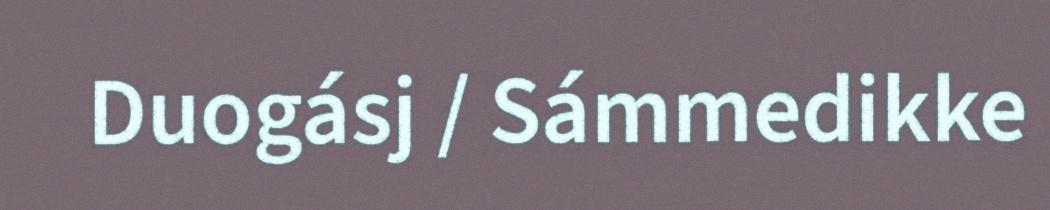
Duogásj / Sámmedikke